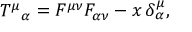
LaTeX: T ^ { \mu } { } _ { \alpha } = F ^ { \mu \nu } F _ { \alpha \nu } - x \, \delta _ { \alpha } ^ { \mu } ,